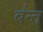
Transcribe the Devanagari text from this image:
ब॑न्त